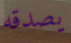
يصدقه